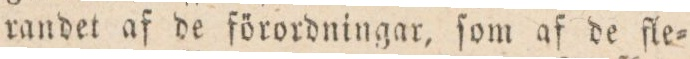
randet af de förordningar, ſom af de fle=